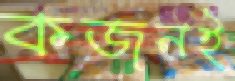
কজনই